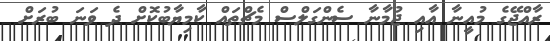
ރާއްޖޭގެ މުއީނާ އާއި ޖުމާނާ ސެންގަލްސް މެޗްތައް ކާމިޔާބުކޮށް ދެ ވަނަ ބުރަށް